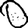
Digit: 0